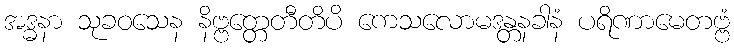
အဒ္ဓနာ သုခဝသေန နိဗ္ဗတ္တေတီတိပိ ကေသလောမဒန္တနခါနံ ပရိဏာမေတဗ္ဗံ